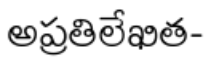
అప్రతిలేఖిత-